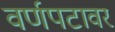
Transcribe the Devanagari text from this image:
वर्णपटावर